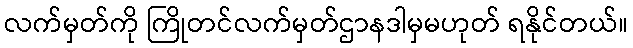
လက်မှတ်ကို ကြိုတင်လက်မှတ်ဌာနဒါမှမဟုတ် ရနိုင်တယ်။